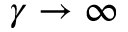
\gamma \to \infty